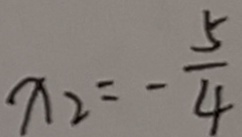
x _ { 2 } = - \frac { 5 } { 4 }